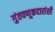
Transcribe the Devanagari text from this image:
गुंतवणूकदारांशी